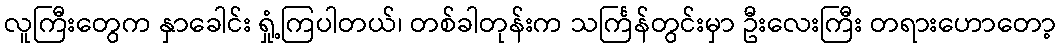
လူကြီးတွေက နှာခေါင်း ရှုံ့ကြပါတယ်၊ တစ်ခါတုန်းက သင်္ကြန်တွင်းမှာ ဦးလေးကြီး တရားဟောတော့